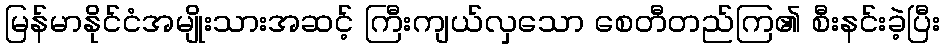
မြန်မာနိုင်ငံအမျိုးသားအဆင့် ကြီးကျယ်လှသော စေတီတည်ကြ၏ စီးနင်းခဲ့ပြီး